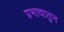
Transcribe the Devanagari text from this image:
प्रभावातुन